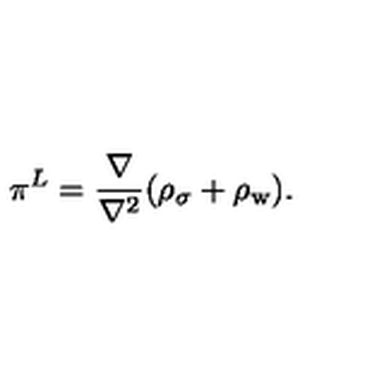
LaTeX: \mathrm { \boldmath \pi } ^ { L } = \frac { \bf \nabla \mathrm { } } { \bf \nabla \mathrm { ^ 2 } } ( \rho _ { \sigma } + \rho _ { \mathrm { w } } ) .